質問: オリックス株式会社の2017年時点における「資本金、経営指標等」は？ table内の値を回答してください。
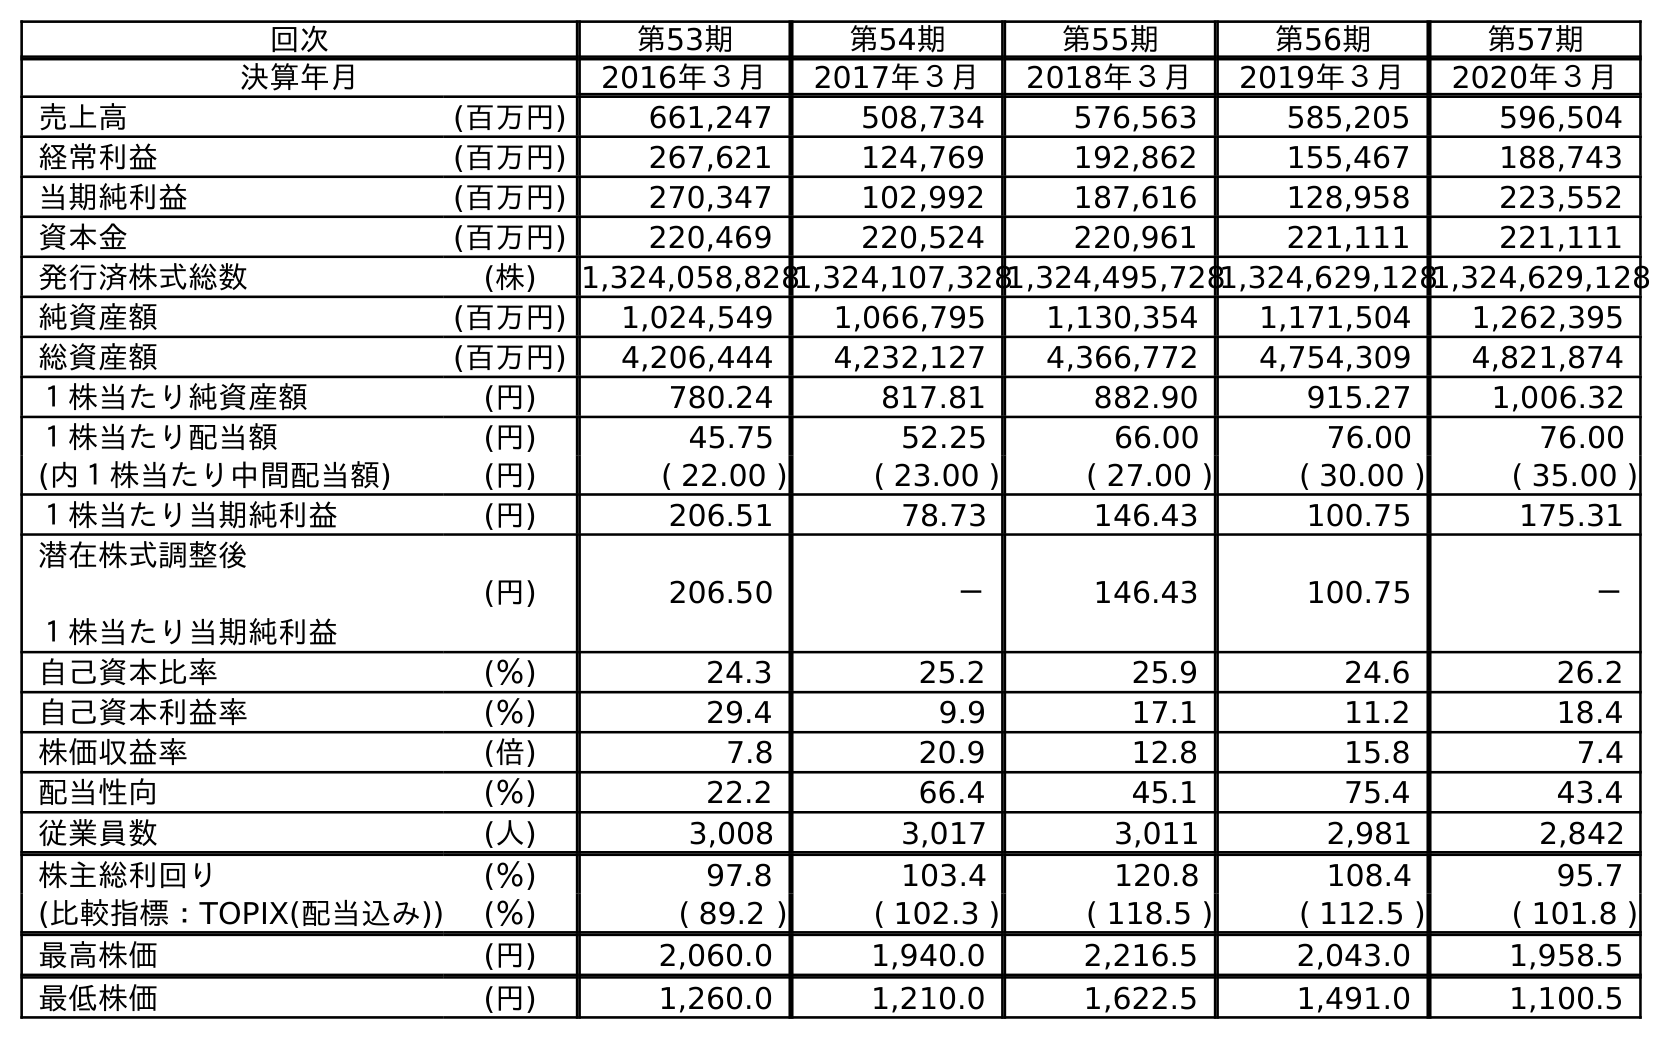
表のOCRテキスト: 回次 第53期 第54期 第55期 第56期 第57期 決算年月 2016年３月 2017年３月 2018年３月 2019年３月 2020年３月 売上高 (百万円) 661,247 508,734 576,563 585,205 596,504 経常利益 (百万円) 267,621 124,769 192,862 155,467 188,743 当期純利益 (百万円) 270,347 102,992 187,616 128,958 223,552 資本金 (百万円) 220,469 220,524 220,961 221,111 221,111 発行済株式総数 (株) 1,324,058,8281,324,107,3281,324,495,7281,324,629,1281,324,629,128 純資産額 (百万円) 1,024,549 1,066,795 1,130,354 1,171,504 1,262,395 総資産額 (百万円) 4,206,444 4,232,127 4,366,772 4,754,309 4,821,874 １株当たり純資産額 (円) 780.24 817.81 882.90 915.27 1,006.32 １株当たり配当額 (円) 45.75 52.25 66.00 76.00 76.00 (内１株当たり中間配当額) (円) ( 22.00 ) ( 23.00 ) ( 27.00 ) ( 30.00 ) ( 35.00 ) １株当たり当期純利益 (円) 206.51 78.73 146.43 100.75 175.31 潜在株式調整後 １株当たり当期純利益 (円) 206.50 － 146.43 100.75 － 自己資本比率 (％) 24.3 25.2 25.9 24.6 26.2 自己資本利益率 (％) 29.4 9.9 17.1 11.2 18.4 株価収益率 (倍) 7.8 20.9 12.8 15.8 7.4 配当性向 (％) 22.2 66.4 45.1 75.4 43.4 従業員数 (人) 3,008 3,017 3,011 2,981 2,842 株主総利回り (％) 97.8 103.4 120.8 108.4 95.7 (比較指標：TOPIX(配当込み)) (％) ( 89.2 ) ( 102.3 ) ( 118.5 ) ( 112.5 ) ( 101.8 ) 最高株価 (円) 2,060.0 1,940.0 2,216.5 2,043.0 1,958.5 最低株価 (円) 1,260.0 1,210.0 1,622.5 1,491.0 1,100.5
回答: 220,524